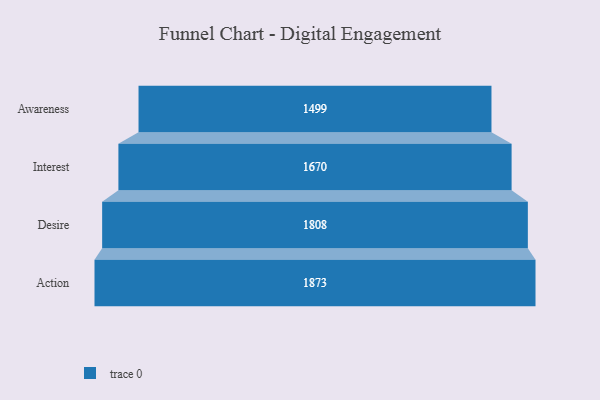
{"axis": {"x": "Stage", "y": "Value"}, "legend": [""], "data": [{"x": "Awareness", "y": 1499.0, "type": ""}, {"x": "Interest", "y": 1670.0, "type": ""}, {"x": "Desire", "y": 1808.0, "type": ""}, {"x": "Action", "y": 1873.0, "type": ""}]}